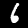
Label: 6